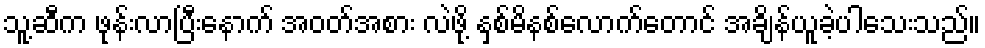
သူ့ဆီက ဖုန်းလာပြီးနောက် အဝတ်အစား လဲဖို့ နှစ်မိနစ်လောက်တောင် အချိန်ယူခဲ့ပါသေးသည်။